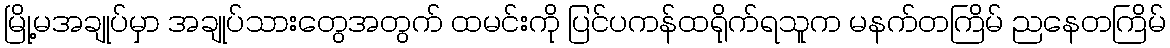
မြို့မအချုပ်မှာ အချုပ်သားတွေအတွက် ထမင်းကို ပြင်ပကန်ထရိုက်ရသူက မနက်တကြိမ် ညနေတကြိမ်